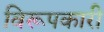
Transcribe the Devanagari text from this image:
विरूपकारी